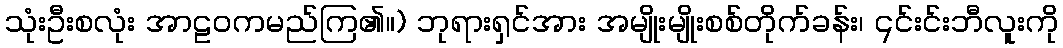
သုံးဦးစလုံး အာဠဝကမည်ကြ၏။) ဘုရားရှင်အား အမျိုးမျိုးစစ်တိုက်ခန်း၊ ၎င်းင်းဘီလူးကို